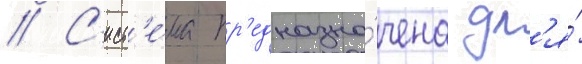
// С'ист'е́ма пр'едназна́чена дл'я́